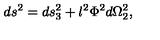
d s ^ { 2 } = d s _ { 3 } ^ { 2 } + l ^ { 2 } \Phi ^ { 2 } d \Omega _ { 2 } ^ { 2 } ,